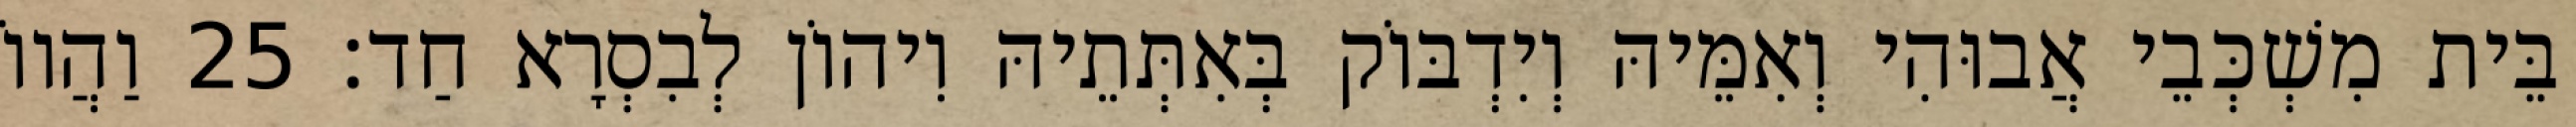
בֵּית מִשְׁכְּבֵי אֲבוּהִי וְאִמֵּיהּ וְיִדְבּוֹק בְּאִתְּתֵיהּ וִיהוֹן לְבִסְרָא חַד׃ 25 וַהֲווֹ